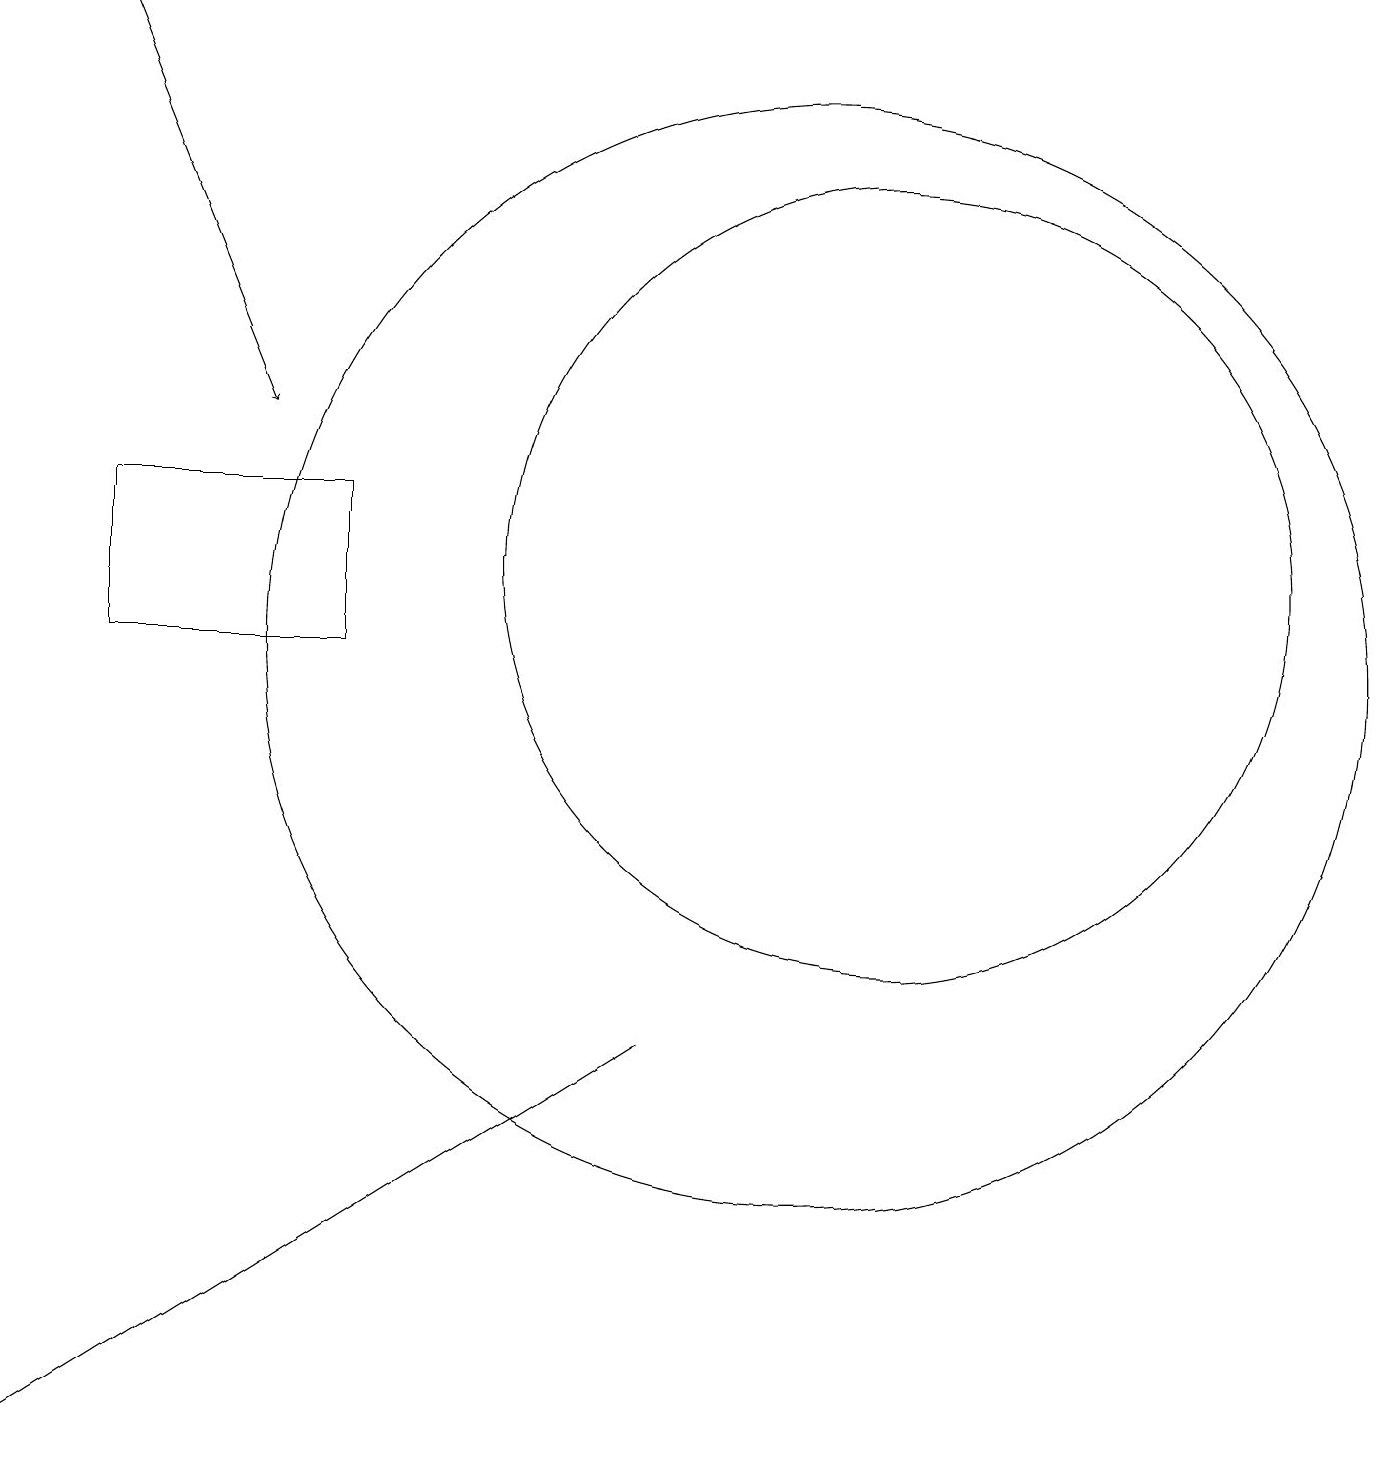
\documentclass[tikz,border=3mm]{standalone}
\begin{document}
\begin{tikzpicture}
\draw (4,11) rectangle (1,13);
\draw (11,12) circle (5);
\draw (8,6) -- (0,1) -- (8,6) -- cycle;
\draw (10,11) circle (7);
\draw[->] (1,19) -- (3,14);
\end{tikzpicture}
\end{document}